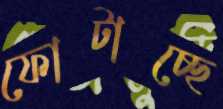
ফোটাচ্ছে